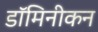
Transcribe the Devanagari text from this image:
डॉमिनीकन